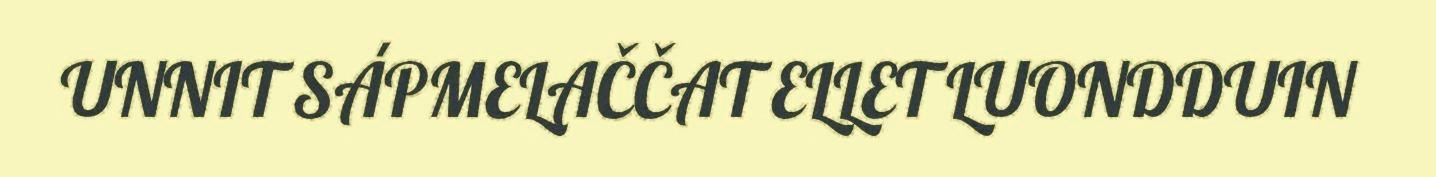
UNNIT SÁPMELAČČAT ELLET LUONDDUIN